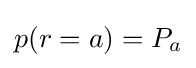
p(r=a)=P_{a}